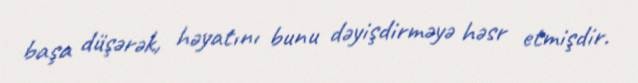
başa düşərək, həyatını bunu dəyişdirməyə həsr etmişdir.